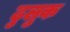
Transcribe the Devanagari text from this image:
ढुलुक